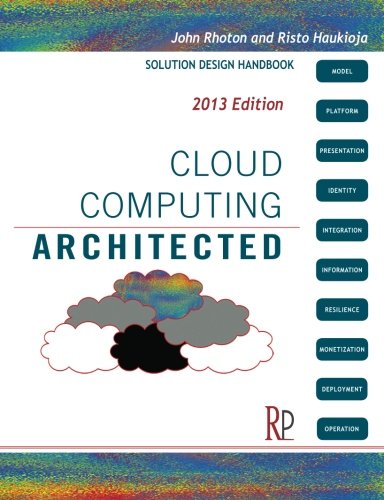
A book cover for Cloud Computing Architected: Solution Design Handbook; John Rhoton; Computers & Technology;